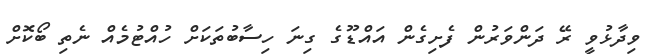
ވިދާޅުވީ ރޭ ދަންވަރުން ފެށިގެން އައްޑޫގެ ގިނަ ހިސާބުތަކަށް ހުއްޓުމެއް ނެތި ބޯކޮށް